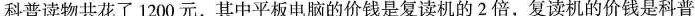
科普读物共花了1200元，其中平板电脑的价钱是复读机的2倍，复读机的价钱是科普